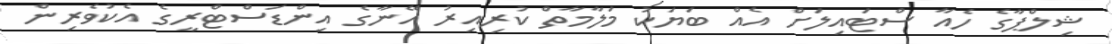
ޝިލްޕާގެ ހެއާ ސްޓައިލަށް އެއް ބަޔަކު މަލާމާތް ކުރިއިރު އޭނާގެ އިންޑަސްޓްރީގެ އެކުވެރިން